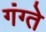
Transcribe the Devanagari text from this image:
गंग्ते